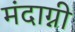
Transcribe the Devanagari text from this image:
मंदाग्नी